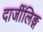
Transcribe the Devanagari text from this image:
दार्जीलिङ्ग